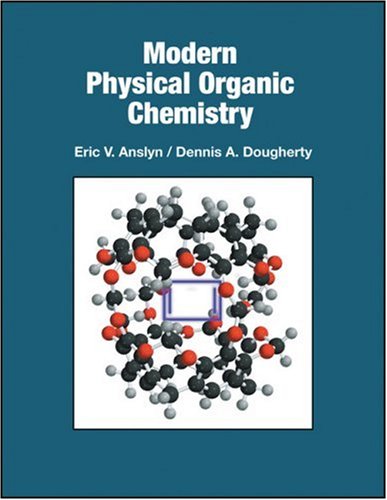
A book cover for Modern Physical Organic Chemistry; Eric V. Anslyn; Science & Math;